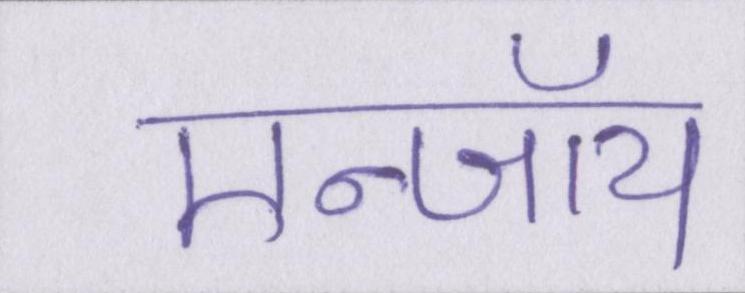
एन्जॉय